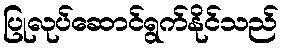
ပြုလုပ်ဆောင်ရွက်နိုင်သည်